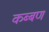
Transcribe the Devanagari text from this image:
कब्बण